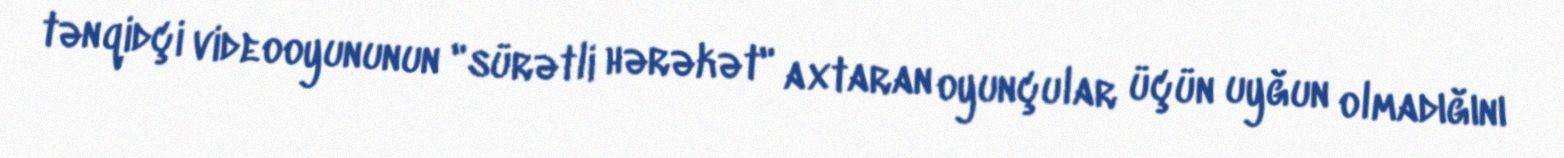
tənqidçi videooyununun "sürətli hərəkət" axtaran oyunçular üçün uyğun olmadığını